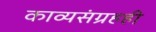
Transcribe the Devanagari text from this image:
काव्यसंग्रहही